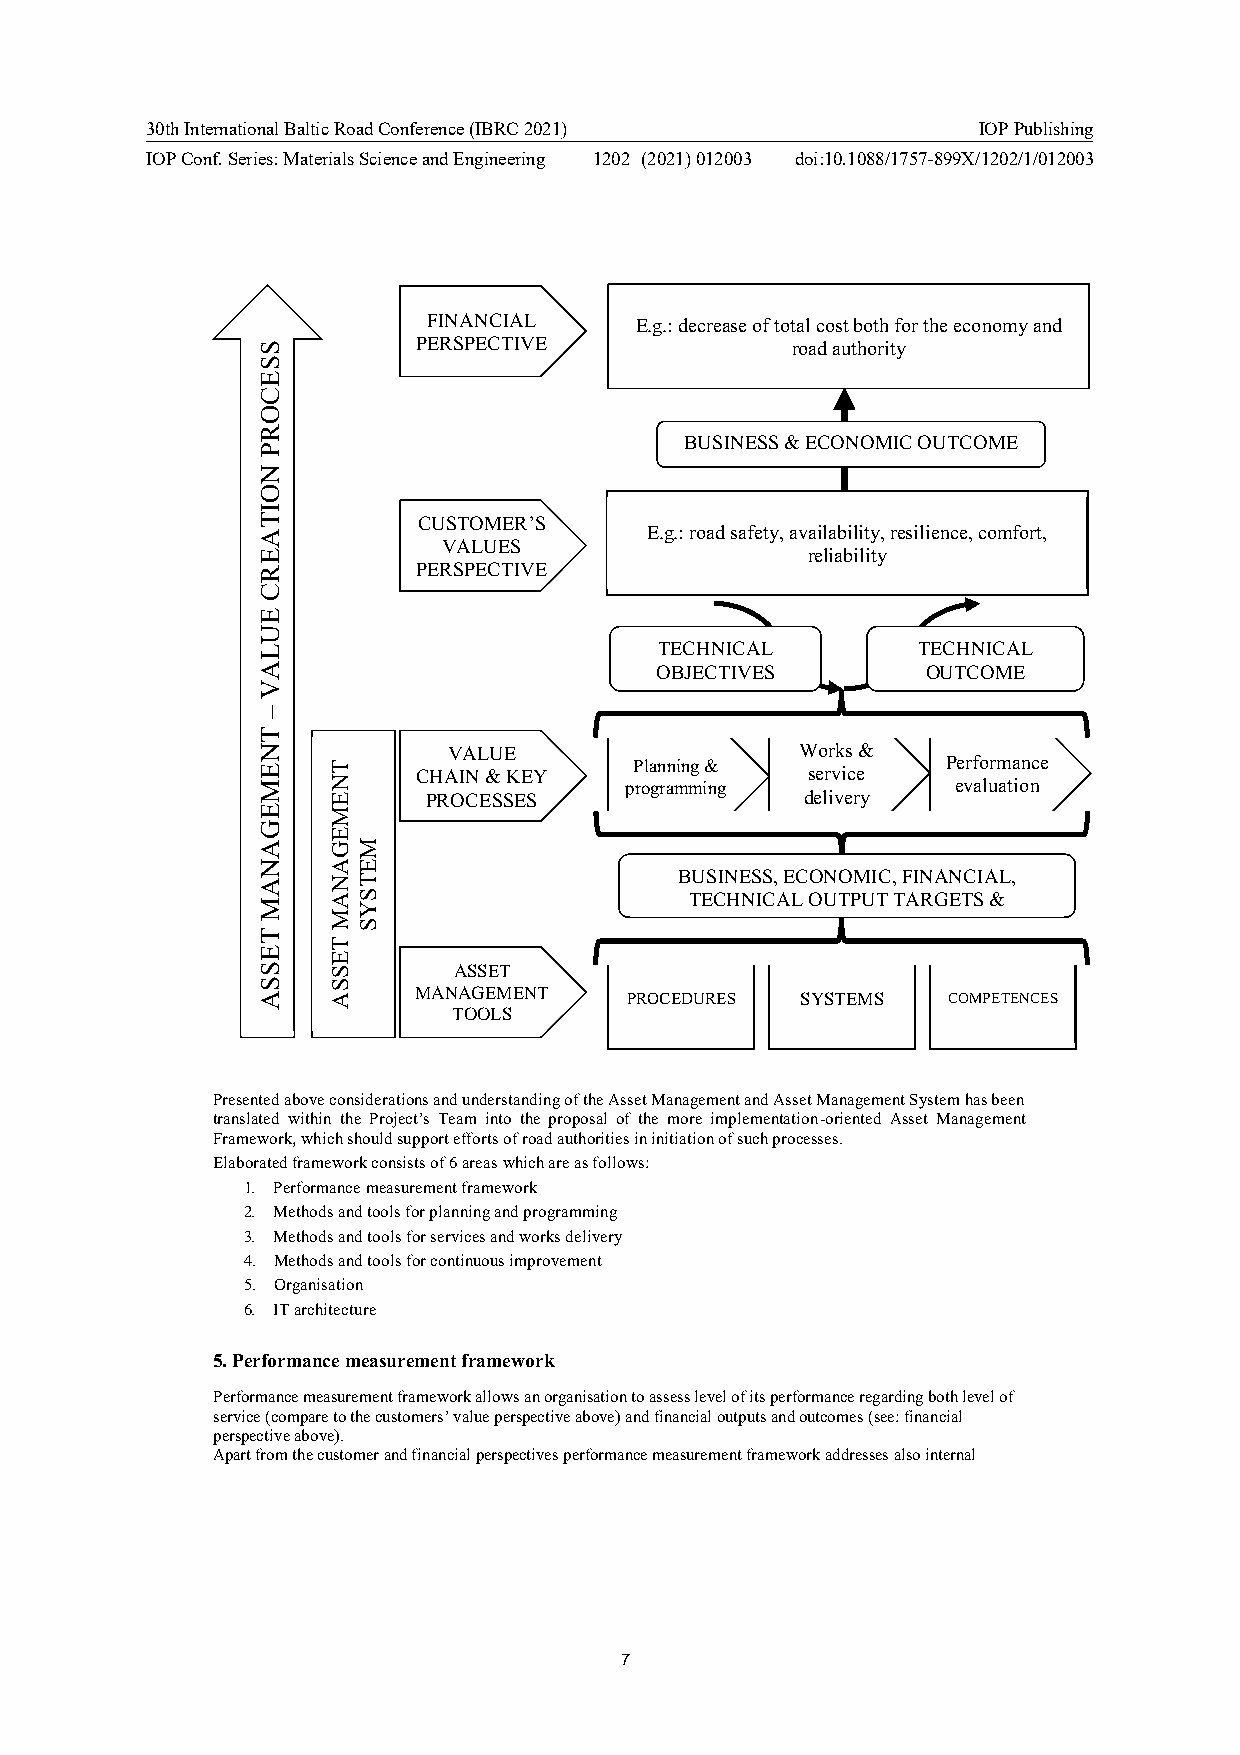
30th International Baltic Road Conference (IBRC 2021)  IOP Publishing
 IOP Conf. Series: Materials Science and Engineering 1202 (2021) 012003 doi:10.1088/1757-899X/1202/1/012003
 FINANCIAL     E.g.: decrease of total cost both for the economy and
 PERSPECTIVE             road authority
 BUSINESS & ECONOMIC OUTCOME
 MEASURES
 CUSTOMER’S
 E.g.: road safety, availability, resilience, comfort,
 VALUES
 reliability
 PERSPECTIVE
 TECHNICAL        TECHNICAL
 OBJECTIVES        OUTCOME
 MEASURES
 VALUE                  Works &
 Planning &           Performance CHAIN & KEY service
 programming           evaluation
 PROCESSES                delivery
 BUSINESS, ECONOMIC, FINANCIAL,
 TECHNICAL OUTPUT TARGETS &
 ASSET
 MANAGEMENT    PROCEDURES  SYSTEMS   COMPETENCES
 TOOLS
 Presented above considerations and understanding of the Asset Management and Asset Management System has been
 translated within the Project’s Team into the proposal of the more implementation-oriented Asset Management
 Framework, which should support efforts of road authorities in initiation of such processes.
 Elaborated framework consists of 6 areas which are as follows:
 1. Performance measurement framework
 2. Methods and tools for planning and programming
 3. Methods and tools for services and works delivery
 4. Methods and tools for continuous improvement
 5. Organisation
 6. IT architecture
 5.Performance measurement framework
 Performance measurement framework allows an organisation to assess level of its performance regarding both level of
 service (compare to the customers’ value perspective above) and financial outputs and outcomes (see: financial
 perspective above).
 Apart from the customer and financial perspectives performance measurement framework addresses also internal
 7
 SSECORP
 NOITAERC
 EULAV
 –
 TNEMEGANAM
 TESSA
 TNEMEGANAM
 TESSA
 METSYS